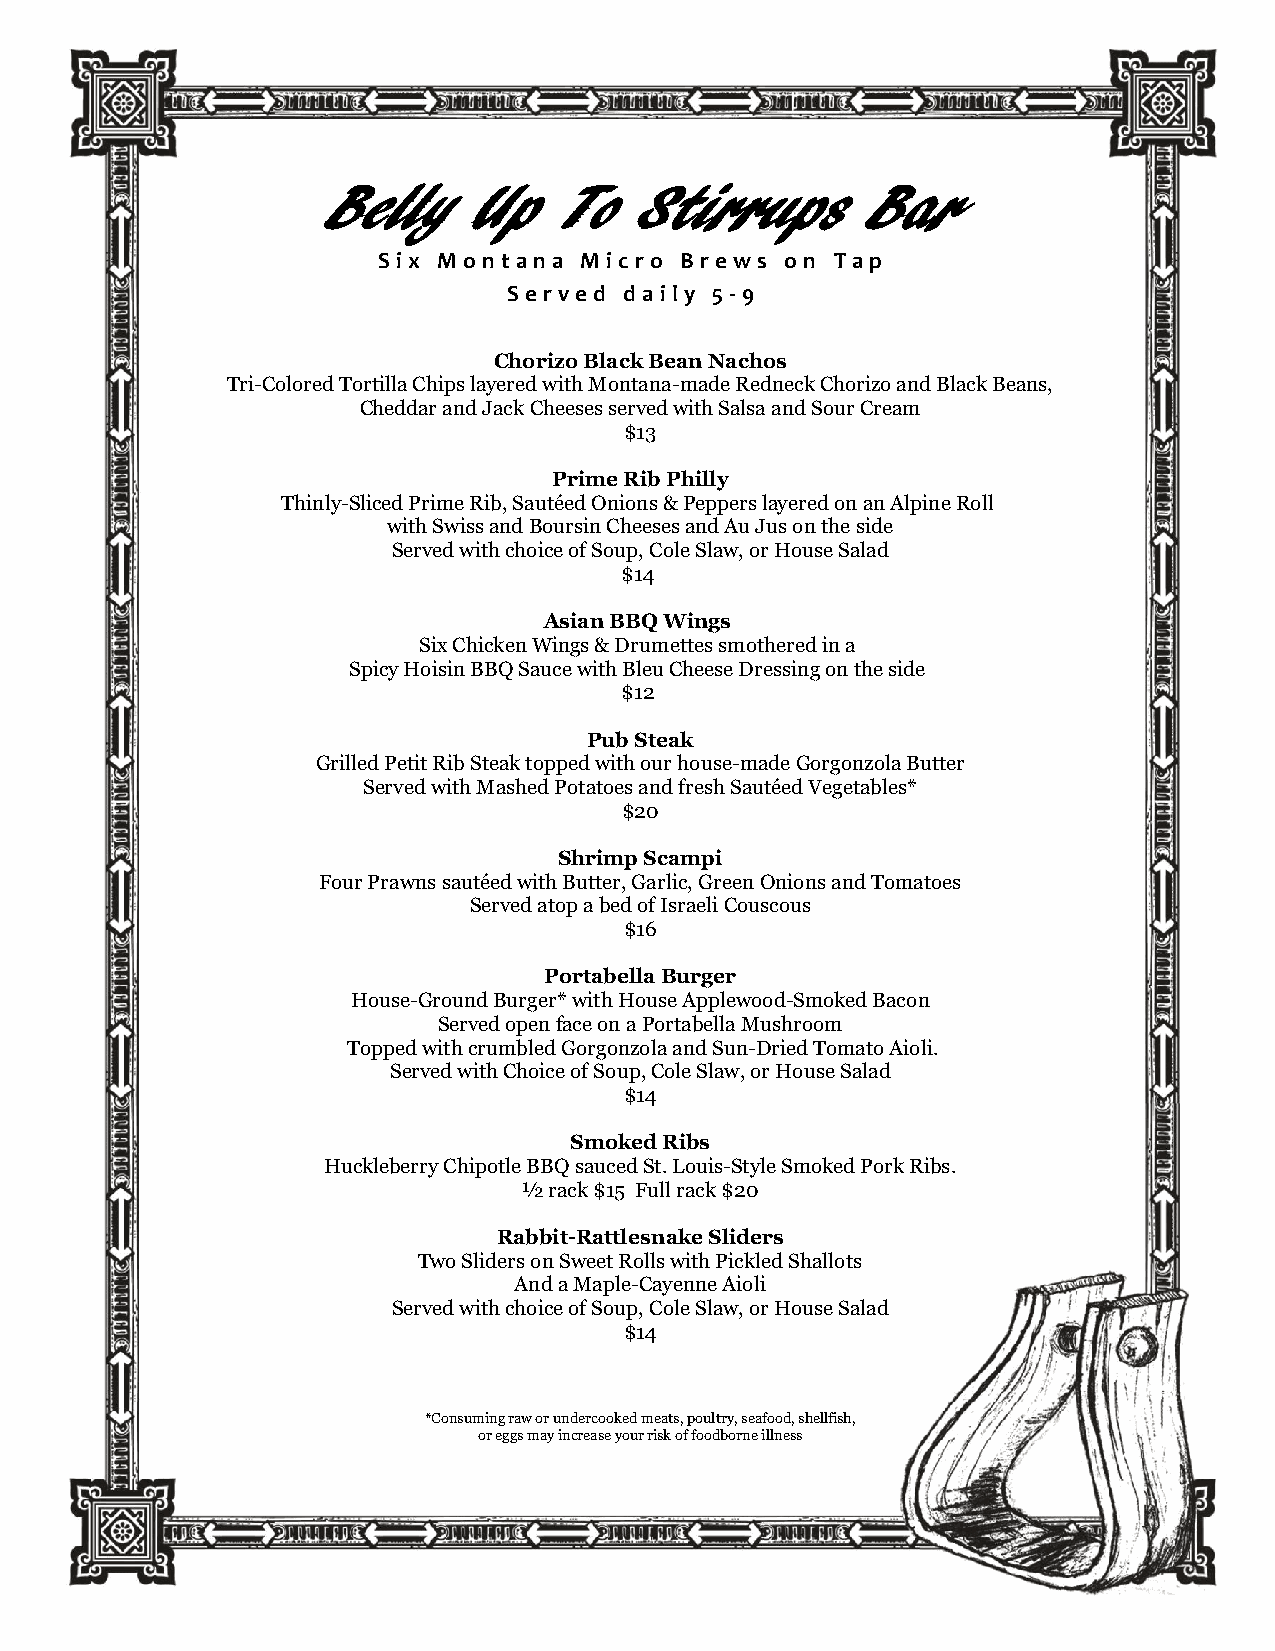
Belly     Up    To   Stirrups       Bar
 Si x Mon tan a Micr o Brews on Tap
 Served d ail y 5 -9
 Chorizo Black Bean Nachos
 Tri-Colored Tortilla Chips layered with Montana-made Redneck Chorizo and Black Beans,
 Cheddar and Jack Cheeses served with Salsa and Sour Cream
 $13
 Prime Rib Philly
 Thinly-Sliced Prime Rib, Sautéed Onions & Peppers layered on an Alpine Roll
 with Swiss and Boursin Cheeses and Au Jus on the side
 Served with choice of Soup, Cole Slaw, or House Salad
 $14
 Asian BBQ Wings
 Six Chicken Wings & Drumettes smothered in a
 Spicy Hoisin BBQ Sauce with Bleu Cheese Dressing on the side
 $12
 Pub Steak
 Grilled Petit Rib Steak topped with our house-made Gorgonzola Butter
 Served with Mashed Potatoes and fresh Sautéed Vegetables*
 $20
 Shrimp Scampi
 Four Prawns sautéed with Butter, Garlic, Green Onions and Tomatoes
 Served atop a bed of Israeli Couscous
 $16
 Portabella Burger
 House-Ground Burger* with House Applewood-Smoked Bacon
 Served open face on a Portabella Mushroom
 Topped with crumbled Gorgonzola and Sun-Dried Tomato Aioli.
 Served with Choice of Soup, Cole Slaw, or House Salad
 $14
 Smoked Ribs
 Huckleberry Chipotle BBQ sauced St. Louis-Style Smoked Pork Ribs.
 ½ rack $15 Full rack $20
 Rabbit-Rattlesnake Sliders
 Two Sliders on Sweet Rolls with Pickled Shallots
 And a Maple-Cayenne Aioli
 Served with choice of Soup, Cole Slaw, or House Salad
 $14
 *Consuming raw or undercooked meats, poultry, seafood, shellfish,
 or eggs may increase your risk of foodborne illness